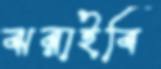
ঝরাইবি